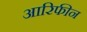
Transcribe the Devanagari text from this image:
आरिफीन